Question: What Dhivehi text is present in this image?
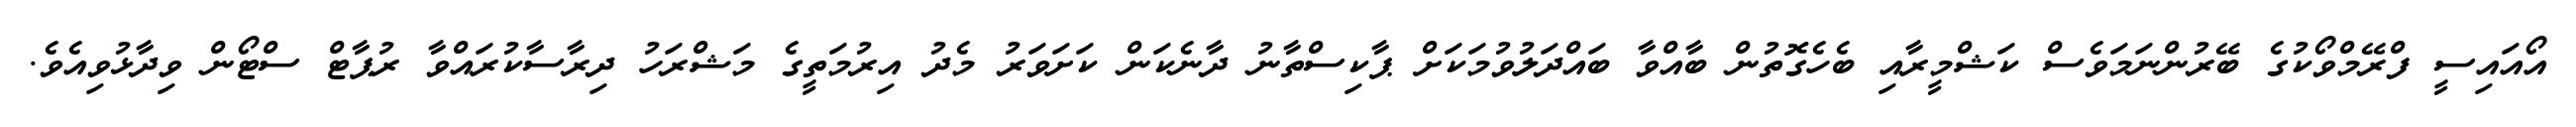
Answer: އޯއައިސީ ފްރޭމްވޯކުގެ ބޭރުންނަމަވެސް ކަޝްމީރާއި ބެހެގޮތުން ބާއްވާ ބައްދަލުވުމަކަށް ޕާކިސްތާނު ދާނެކަން ކަށަވަރު މެދު އިރުމަތީގެ މަޝްރަހު ދިރާސާކުރައްވާ ރުޕާޓް ސްޓޯން ވިދާޅުވިއެވެ.